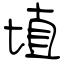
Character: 埴